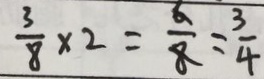
\frac { 3 } { 8 } \times 2 = \frac { 6 } { 8 } = \frac { 3 } { 4 }